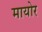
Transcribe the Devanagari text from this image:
मायोर